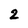
Character: 2